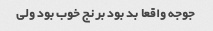
جوجه واقعا بد بود برنج خوب بود ولی